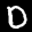
Label: 0